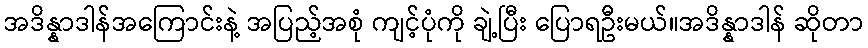
အဒိန္နာဒါန်အကြောင်းနဲ့ အပြည့်အစုံ ကျင့်ပုံကို ချဲ့ပြီး ပြောရဦးမယ်။အဒိန္နာဒါန် ဆိုတာ